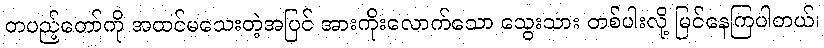
တပည့်တော်ကို အထင်မသေးတဲ့အပြင် အားကိုးလောက်သော သွေးသား တစ်ပါးလို့ မြင်နေကြပါတယ်၊